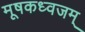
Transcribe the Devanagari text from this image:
मूषकध्वजम्